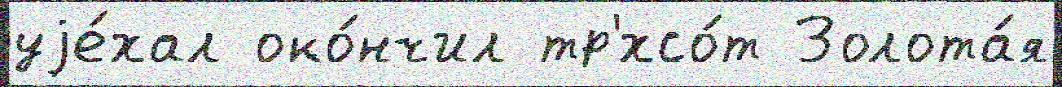
уjе́хал око́нчил тр'хсо́т Золота́я